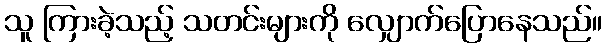
သူ ကြားခဲ့သည့် သတင်းများကို လျှောက်ပြောနေသည်။